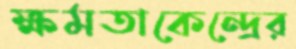
ক্ষমতাকেন্দ্রের